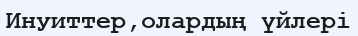
Инуиттер,олардың үйлері